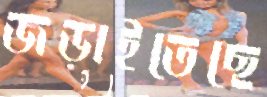
জড়াইতেছে